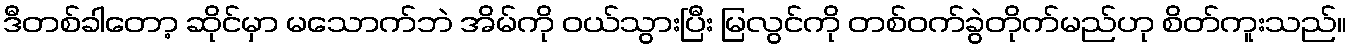
ဒီတစ်ခါတော့ ဆိုင်မှာ မသောက်ဘဲ အိမ်ကို ဝယ်သွားပြီး မြလွင်ကို တစ်ဝက်ခွဲတိုက်မည်ဟု စိတ်ကူးသည်။